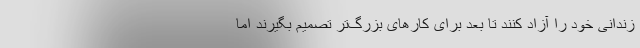
زندانی خود را آزاد کنند تا بعد برای کارهای بزرگ‌تر تصمیم بگیرند اما